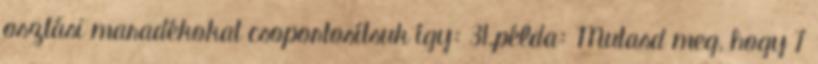
osztási maradékokat csoportosítsuk így: 31.példa: Mutasd meg, hogy 7